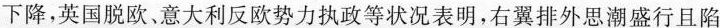
下降，英国脱欧，意大利反欧势力执政等状况表明，右翼排外思潮盛行且陷